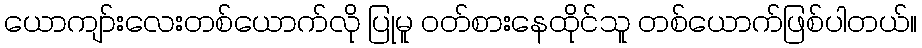
ယောကျာ်းလေးတစ်ယောက်လို ပြုမူ ၀တ်စားနေထိုင်သူ တစ်ယောက်ဖြစ်ပါတယ်။